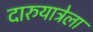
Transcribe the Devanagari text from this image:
दारुयात्रेला